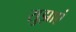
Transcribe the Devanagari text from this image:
सुझाएं